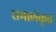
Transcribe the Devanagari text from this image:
रामालंकृत